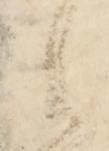
令